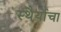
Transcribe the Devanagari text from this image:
स्थैर्याचा